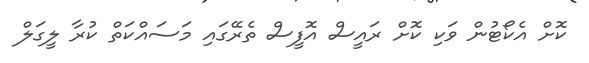
ކޮށް އެކޯޓުން ވަކި ކޮށް ރައީސް އޮފީސް ތެރޭގައި މަސައްކަތް ކުރާ ލީގަލް